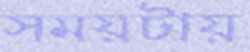
সময়টায়